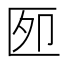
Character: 𰅫